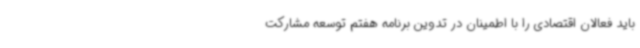
باید فعالان اقتصادی را با اطمینان در تدوین برنامه هفتم توسعه مشارکت